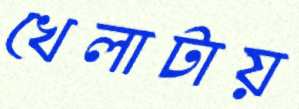
খেলাটায়